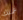
عملك